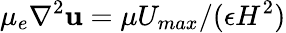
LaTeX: \mu_{e}\nabla^{2}\mathbf{u}=\mu U_{max}/(\epsilon H^{2})